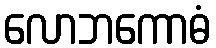
လောဘကောဓံ